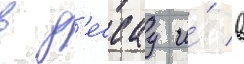
в д'ессау и́ в